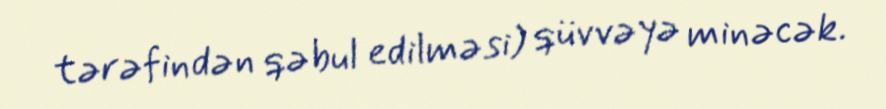
tərəfindən qəbul edilməsi) qüvvəyə minəcək.